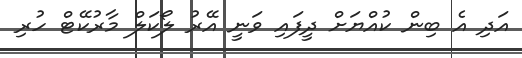
އަދި އެ ބިން ކުއްޔަށް ދީފައި ވަނީ އޭރު ލޯކަލް މާރުކޭޓް ހުރި